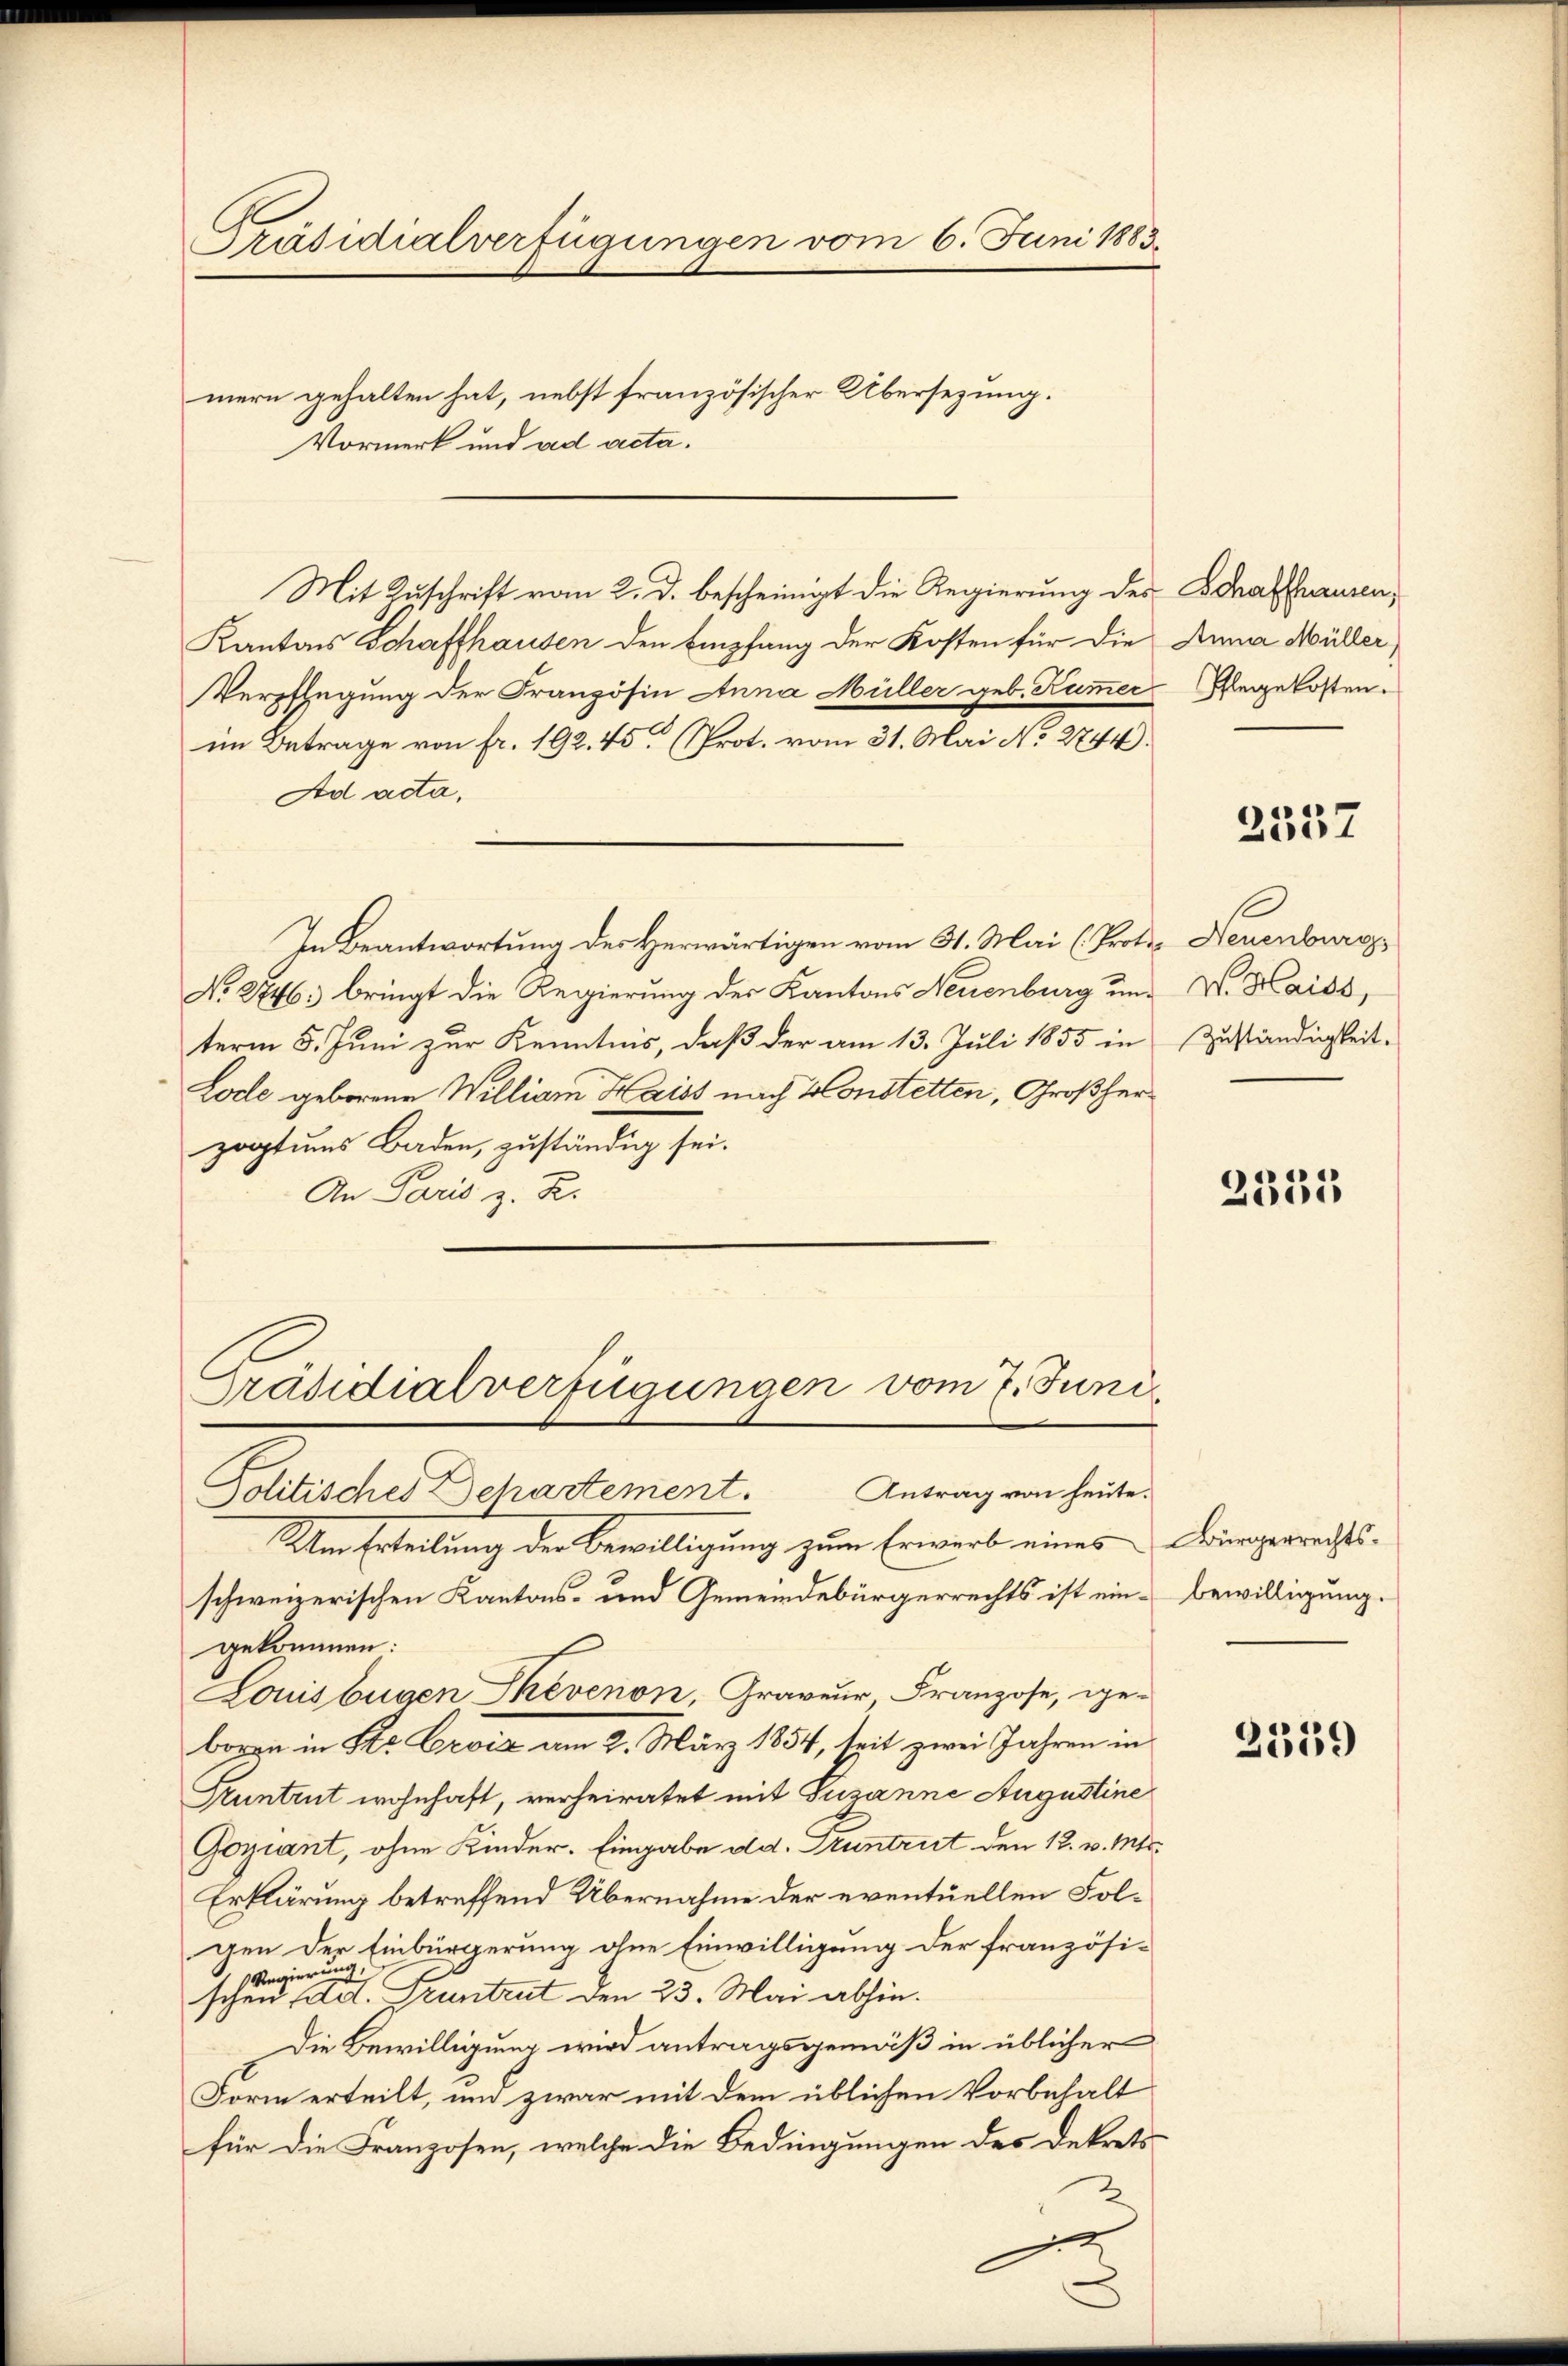
Präsidialverfügungen vom 6. Juni 1883.
mern gehalten hat, nebst französischer Übersezung.
Vormerk und ad acta.

Mit Zuschrift vom 2. d. bescheinigt die Regierung des Strafausen,
Kantons Schaffhausen den Empfang der Kosten für die
Verpflegung der Französin Anna Müller geb. Kummer
im Betrage von fr. 192. 45 (Prot. vom 31. Mai No 2744).
Ad acta,
In Beantwortung des Herwärtigen vom 31. Mai (Proto- Neuenburg
No. 27463 bringt die Regierung des Kantons Neuenburg um V. Haids,
term 5. Juni zur Kenntnis, daß der am 13. Juli 1855 in Zuständigkeit.
Lode geborene Williar Haiss nach Konstetten, Großherzogtums Baden, zuständig sei.
An Paris z. R.

Präsidialverfügungen vom 7. Juni

Anna Müller
Glege kosten.

Politisches Departement. Antrag von heute.
Um Erteilung der Bewilligung zum Erwerb eines Bürgerrechts-
schweizerischen Kantons- und Gemeindebürgerrechts ist ein Bewilligung.
gekommen:
Louisbugen Shévenon, Graveur Franzose, ge-
boren in der Levia am 2. März 1854, seit zwei Jahren in
Pruntrut wohnhaft, verheiratet mit Susanne Augustine
Goziant, ohne Kinder. Eingabe dd. Pruntrut den 12. v. Mts.
Erklärung betreffend Übernahme der eventuellen Folgen der Einbürgerung ohne Einwilligung der französi-
Regierung
schen d. d. Pruntrut den 23. Mai abhin.
Die Bewilligung wird antragsgemäß in üblicher
Form erteilt, und zwar mit dem üblichen Vorbehalt
für die Franzosen, welche die Bedingungen des Dekrets
1

2537

2335

2559